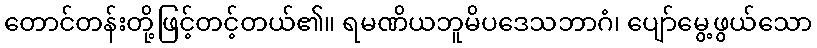
တောင်တန်းတို့ဖြင့်တင့်တယ်၏။ ရမဏိယဘူမိပဒေသဘာဂံ၊ ပျော်မွေ့ဖွယ်သော